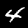
Digit: 4